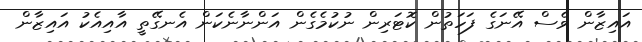
އައިޒާން ވެސް އޭނަގެ ފަހަތުން ކޮޓަރިން ނުކުމެގެން އަންނާނެކަން އެނގޭތީ އާއިއެކު އައިޒާން